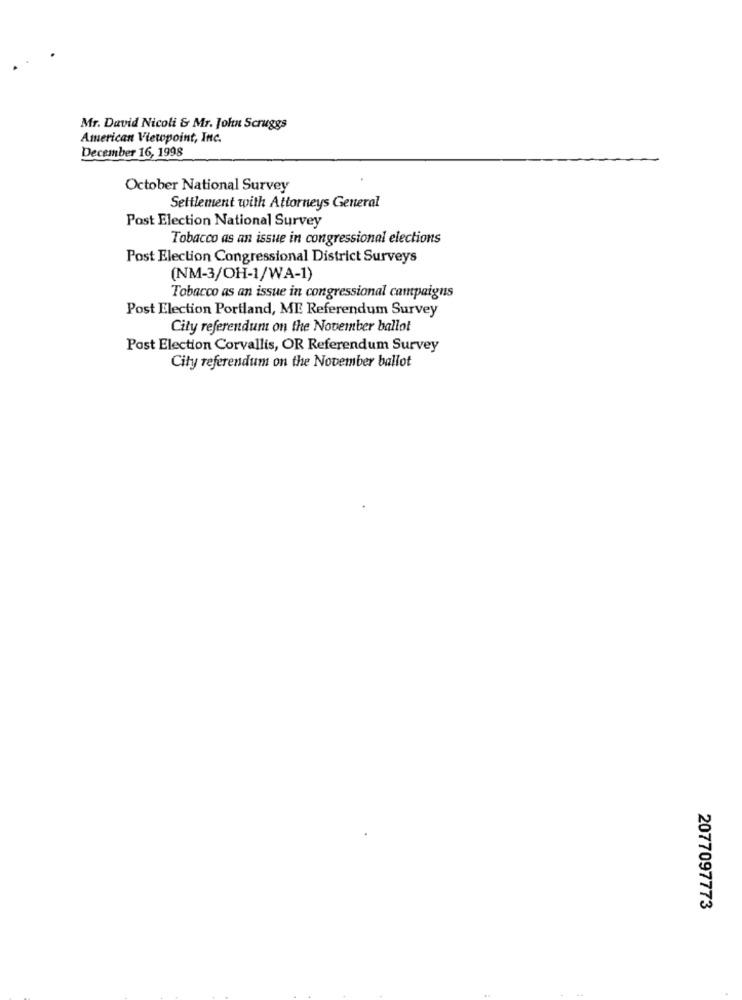
Mr. David Nicoli & Mr. John Scruggs
American Viewpoint, Inc.
December 16, 1998
October National Survey
Settlement with Attorneys General
Post Election National Survey
Tobacco as an issue in congressional elections
Post Election Congressional District Surveys
(NM-3/OH-1/WA-1)
Tobacco as an issue in congressional campaigns
Post Election Portland, ME Referendum Survey
City referendum on the November ballot
Post Election Corvallis, OR Referendum Survey
City referendum on the November ballot
2077097773